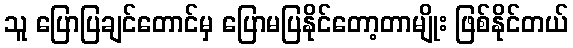
သူ ပြောပြချင်တောင်မှ ပြောမပြနိုင်တော့တာမျိုး ဖြစ်နိုင်တယ်